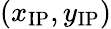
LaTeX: (x_{\mathrm{{IP}}},y_{\mathrm{{IP}}})